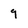
Character: 9